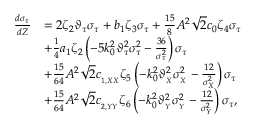
\begin{array} { r l } { \frac { d \sigma _ { \tau } } { d Z } } & { = 2 \zeta _ { 2 } \vartheta _ { \tau } \sigma _ { \tau } + b _ { 1 } \zeta _ { 3 } \sigma _ { \tau } + \frac { 1 5 } { 8 } A ^ { 2 } \sqrt { 2 } c _ { 0 } \zeta _ { 4 } \sigma _ { \tau } } \\ & { + \frac { 1 } { 4 } a _ { 1 } \zeta _ { 2 } \left( - 5 k _ { 0 } ^ { 2 } \vartheta _ { \tau } ^ { 2 } \sigma _ { \tau } ^ { 2 } - \frac { 3 6 } { \sigma _ { \tau } ^ { 2 } } \right) \sigma _ { \tau } } \\ & { + \frac { 1 5 } { 6 4 } A ^ { 2 } \sqrt { 2 } c _ { _ { 1 , X X } } \zeta _ { 5 } \left( - k _ { 0 } ^ { 2 } \vartheta _ { _ { X } } ^ { 2 } \sigma _ { _ X } ^ { 2 } - \frac { 1 2 } { \sigma _ { _ X } ^ { 2 } } \right) \sigma _ { \tau } } \\ & { + \frac { 1 5 } { 6 4 } A ^ { 2 } \sqrt { 2 } c _ { _ { 2 , Y Y } } \zeta _ { 6 } \left( - k _ { 0 } ^ { 2 } \vartheta _ { _ { Y } } ^ { 2 } \sigma _ { _ Y } ^ { 2 } - \frac { 1 2 } { \sigma _ { _ Y } ^ { 2 } } \right) \sigma _ { \tau } , } \end{array}